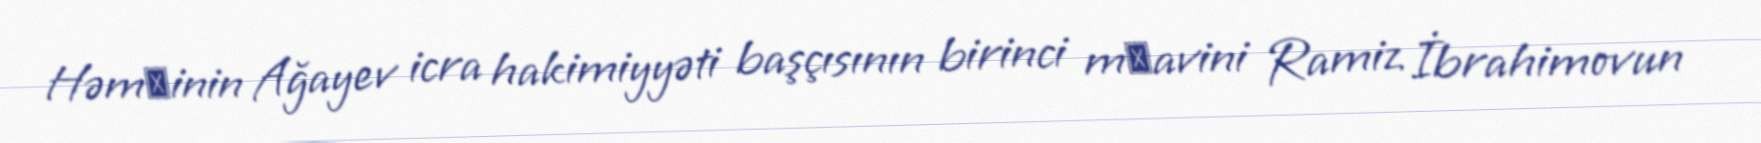
Həmзinin Ağayev icra hakimiyyəti başçısının birinci mьavini Ramiz İbrahimovun